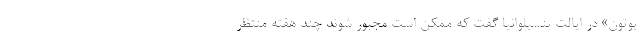
یوتون» در ایالت پنسیلوانیا گفت که ممکن است مجبور شوند چند هفته منتظر